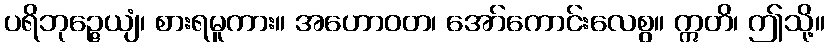
ပရိဘုဉ္ဇေယျံ၊ စားရမူကား။ အဟောဝတ၊ အော်ကောင်းလေစွ။ ဣတိ၊ ဤသို့။